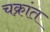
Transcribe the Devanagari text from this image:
चक्रांत